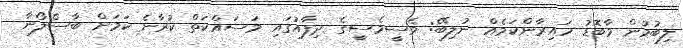
ލިބުމުން މާބޮޑު ހައިރާންކަމެއް ނުލިބޭ: މެސީމެސީގެ ދިފާއުގައި މަސައްކަތް ކުރާނެ ކަމަށް ބާސެލޯނާ